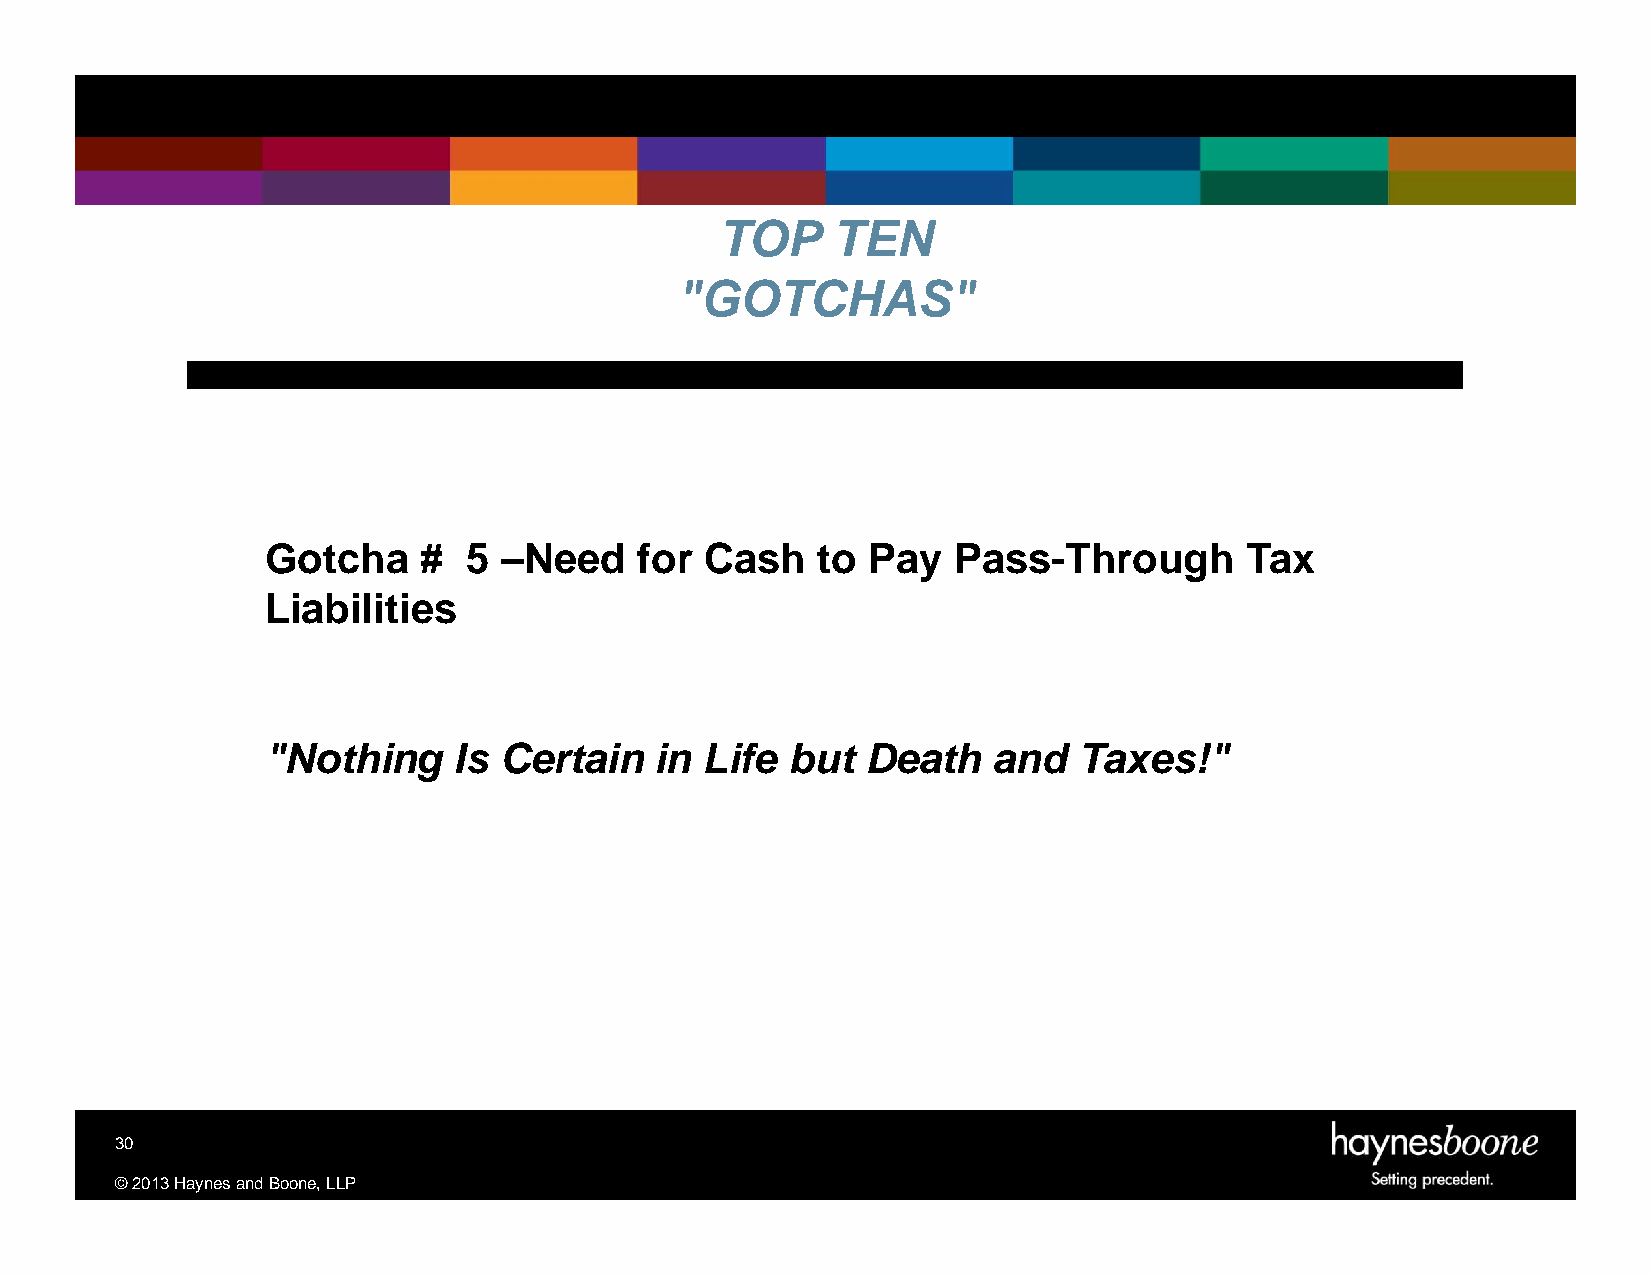
TOP    TEN
 "GOTCHAS"
 Gotcha    #  5 –Need    for  Cash   to Pay   Pass-Through       Tax
 Liabilities
 "Nothing    Is Certain   in  Life but  Death    and  Taxes!"
 30
 ©2013HaynesandBoone,LLP